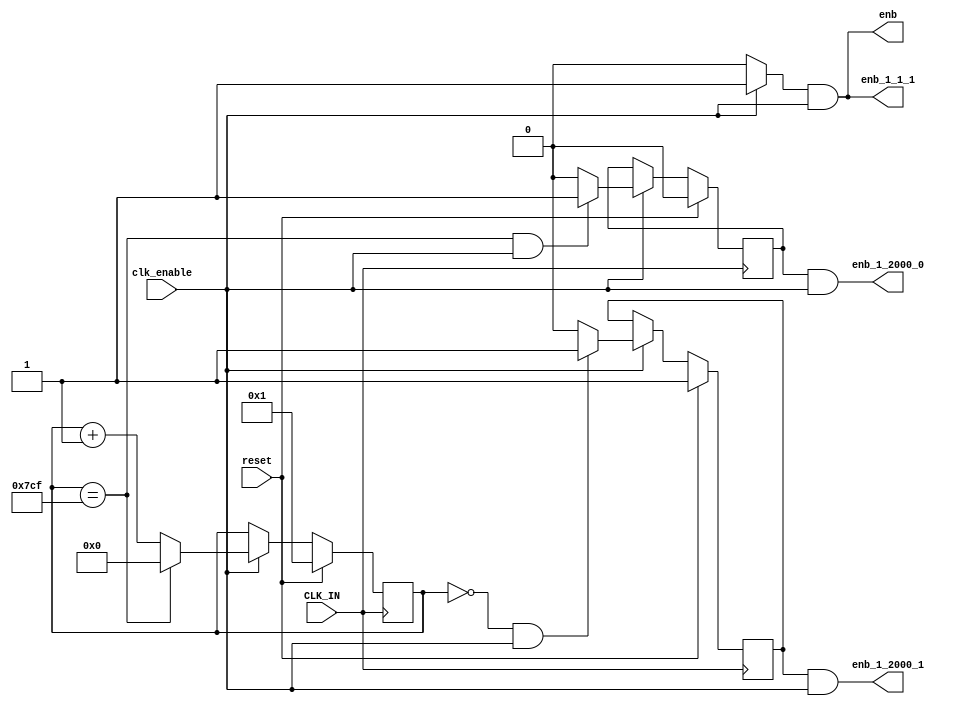
module controllerPeripheralHdlAdi_tc
          (
           CLK_IN,
           reset,
           clk_enable,
           enb,
           enb_1_1_1,
           enb_1_2000_0,
           enb_1_2000_1
          );


  input   CLK_IN;
  input   reset;
  input   clk_enable;
  output  enb;
  output  enb_1_1_1;
  output  enb_1_2000_0;
  output  enb_1_2000_1;


  reg [10:0] count2000;  // ufix11
  wire phase_all;
  reg  phase_0;
  wire phase_0_tmp;
  reg  phase_1;
  wire phase_1_tmp;


  always @ ( posedge CLK_IN)
    begin: Counter2000
      if (reset == 1'b1) begin
        count2000 <= 11'b00000000001;
      end
      else begin
        if (clk_enable == 1'b1) begin
          if (count2000 == 11'b11111001111) begin
            count2000 <= 11'b00000000000;
          end
          else begin
            count2000 <= count2000 + 1;
          end
        end
      end
    end // Counter2000

  assign  phase_all = clk_enable? 1 : 0;

  always @ ( posedge CLK_IN)
    begin: temp_process1
      if (reset == 1'b1) begin
        phase_0 <= 1'b0;
      end
      else begin
        if (clk_enable == 1'b1) begin
          phase_0 <= phase_0_tmp;
        end
      end
    end // temp_process1

  assign  phase_0_tmp = (count2000 == 11'b11111001111 && clk_enable == 1'b1)? 1 : 0;

  always @ ( posedge CLK_IN)
    begin: temp_process2
      if (reset == 1'b1) begin
        phase_1 <= 1'b1;
      end
      else begin
        if (clk_enable == 1'b1) begin
          phase_1 <= phase_1_tmp;
        end
      end
    end // temp_process2

  assign  phase_1_tmp = (count2000 == 11'b00000000000 && clk_enable == 1'b1)? 1 : 0;

  assign enb =  phase_all & clk_enable;

  assign enb_1_1_1 =  phase_all & clk_enable;

  assign enb_1_2000_0 =  phase_0 & clk_enable;

  assign enb_1_2000_1 =  phase_1 & clk_enable;


endmodule